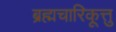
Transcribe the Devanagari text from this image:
ब्रह्मचारिकूत्तु